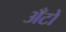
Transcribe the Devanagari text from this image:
अँटो